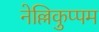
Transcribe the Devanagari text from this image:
नेल्लिकुप्पम